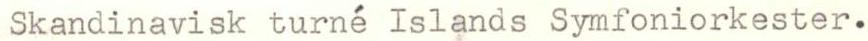
Skandinavisk turné Islands Symfoniorkester.